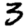
Digit: 3